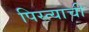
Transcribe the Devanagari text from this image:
पिस्त्याची